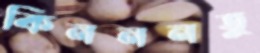
কিনননতু